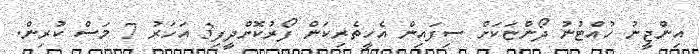
އިންޖީނު ހުއްޓުނު ދޯންޏަކަށް ސިފައިން އެހީތެރިކަން ފޯރުކޮށްދީފި3 އަހަރު 7 މަސް ކުރިން.